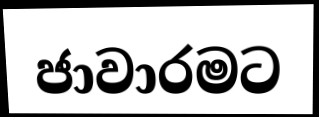
ජාවාරමට